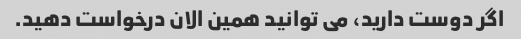
اگر دوست دارید، می توانید همین الان درخواست دهید.